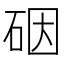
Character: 䂩